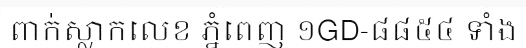
ពាក់ស្លាកលេខ ភ្នំពេញ ១GD-៨៨៥៤ ទាំង